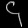
Digit: ၄